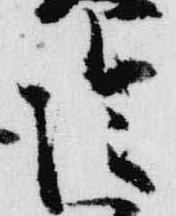
陰